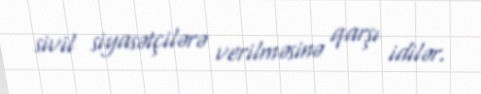
sivil siyasətçilərə verilməsinə qarşı idilər.